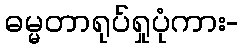
ဓမ္မတာရုပ်ရှုပုံကား-